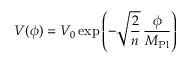
V ( \phi ) = V _ { 0 } \exp \left( - \sqrt { \frac { 2 } { n } } \, \frac { \phi } { M _ { \mathrm { P l } } } \right)